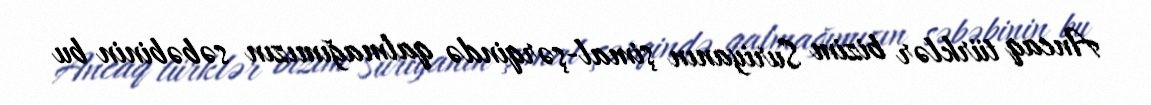
Ancaq türklər bizim Suriyanın şimal-şərqində qalmağımızın səbəbinin bu